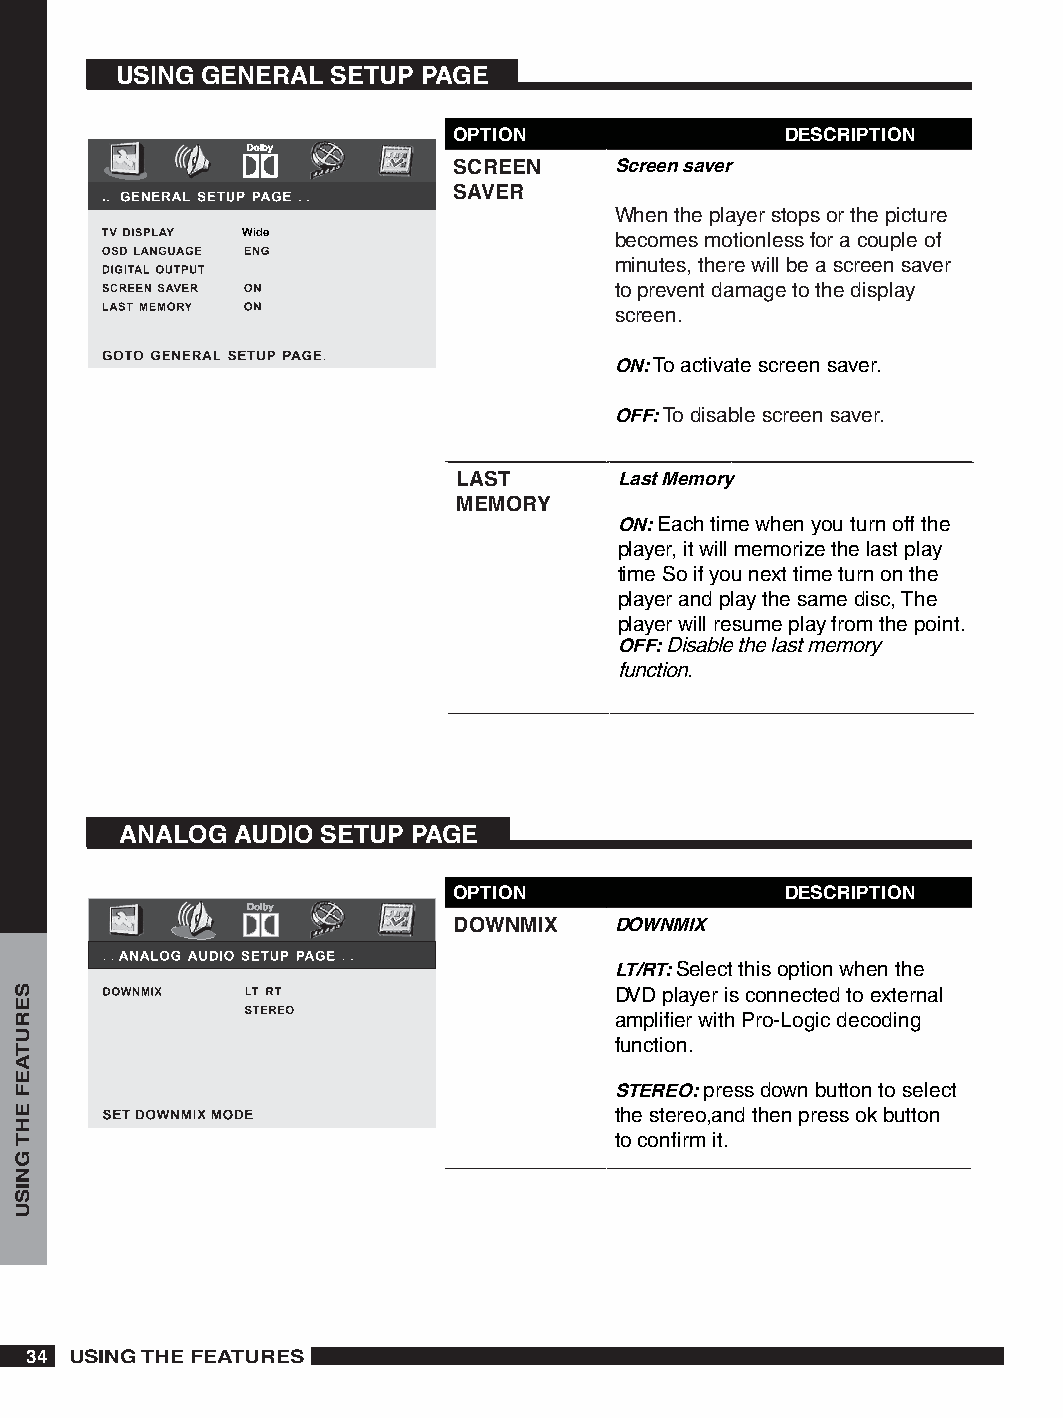
USING GENERAL SETUP PAGE
 OPTION                DESCRIPTION
 SCREEN     Screen saver
 SAVER
 When the player stops or the picture
 Wide                     becomes motionless for a couple of
 minutes, there will be a screen saver
 to prevent damage to the display
 screen.
 ON: To activate screen saver.
 OFF: To disable screen saver.
 LAST       Last Memory
 MEMORY
 ON: Each time when you turn off the
 player, it will memorize the last play
 time So if you next time turn on the
 player and play the same disc, The
 player will resume play from the point.
 OFF: Disable the last memory
 function.
 ANALOG  AUDIO SETUP PAGE
 OPTION                DESCRIPTION
 DOWNMIX    DOWNMIX
 LT/RT: Select this option when the
 DVD player is connected to external
 amplifier with Pro-Logic decoding
 function.
 STEREO: press down button to select
 the stereo,and then press ok button
 to confirm it.
  USING THE FEATURES
 SERUTAEF
 EHT
 GNISU